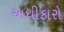
અધીકારો